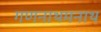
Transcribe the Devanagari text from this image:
गणनाथमनाथ